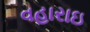
વહારાઇ